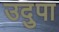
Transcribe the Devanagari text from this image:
उदुपा